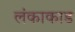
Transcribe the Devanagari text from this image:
लंकाकाड